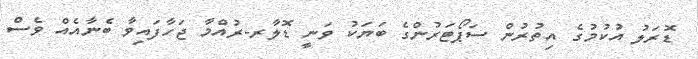
ޑޮރަލު އުކުމުގެ އިތުރުން ސަޕޯޓަރުންގެ ބަޔަކު ވަނީ ޑޮލާރ-ރުއްމާ ޖަހާފައިވާ ބެނާއެއް ވެސް